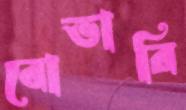
বোভারি